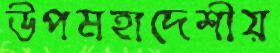
উপমহাদেশীয়